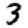
Digit: 3